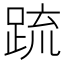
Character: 䟽